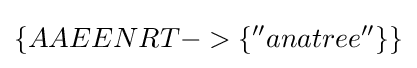
\{AAEENRT->\{''anatree''\}\}